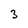
Character: 3